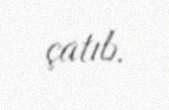
çatıb.